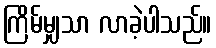
ကြိမ်မျှသာ လာခဲ့ပါသည်။